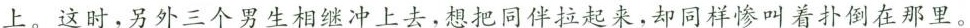
上。这时，另外三个男生相继冲上去，想把同伴拉起来，却同样惨叫着扑倒在那里。